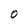
Character: 0